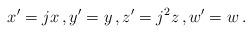
LaTeX: \begin{align*}x^\prime = jx \, , y^\prime = y \, , z^\prime = j^2 z \, , w^\prime = w \, . \end{align*}